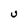
Character: U